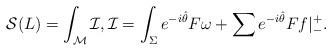
LaTeX: \begin{align*}\mathcal{S}(L)=\int_{\mathcal{M}}\mathcal{I},\mathcal{I}=\int_{\Sigma} e^{-i\hat{\theta}} F\omega + \sum_{ } e^{-i\hat{\theta}} F f|^+_-.\end{align*}